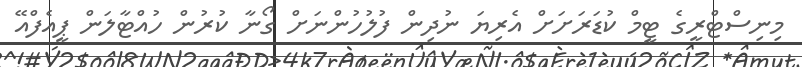
މިނިސްޓްރީގެ ޓީމް ކުޑަރަށަށް އެރިޔަ ނުދިން ފުލުހުންނަށް ގޯނާ ކުރުން ހުއްޓާލަން ޕީއެފްއޭ